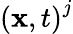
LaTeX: \left(\textbf{x},t\right)^{j}